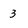
Character: 3